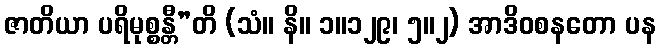
ဇာတိယာ ပရိမုစ္စန္တီ”တိ (သံ။ နိ။ ၁။၁၂၉၊ ၅။၂) အာဒိဝစနတော ပန